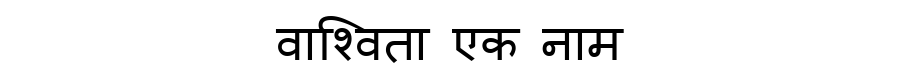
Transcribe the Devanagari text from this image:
वाश्विता एक नाम